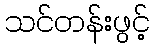
သင်တန်းဖွင့်